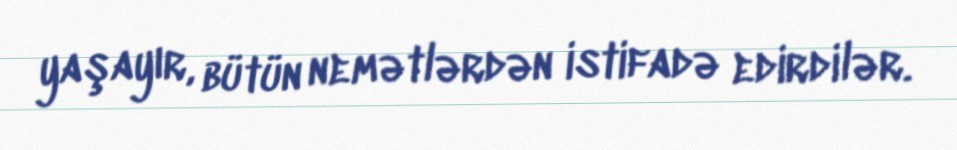
yaşayır, bütün nemətlərdən istifadə edirdilər.